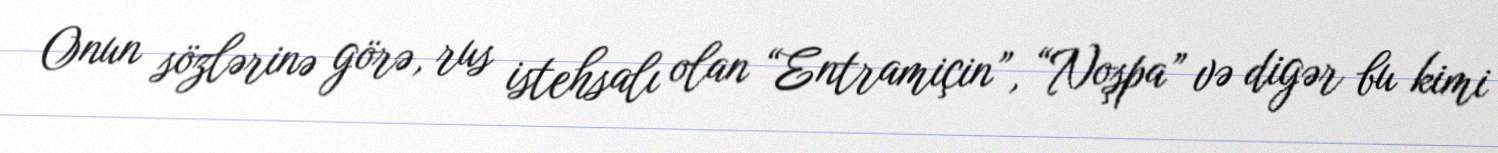
Onun sözlərinə görə, rus istehsalı olan “Entramiçin”, “Noşpa” və digər bu kimi